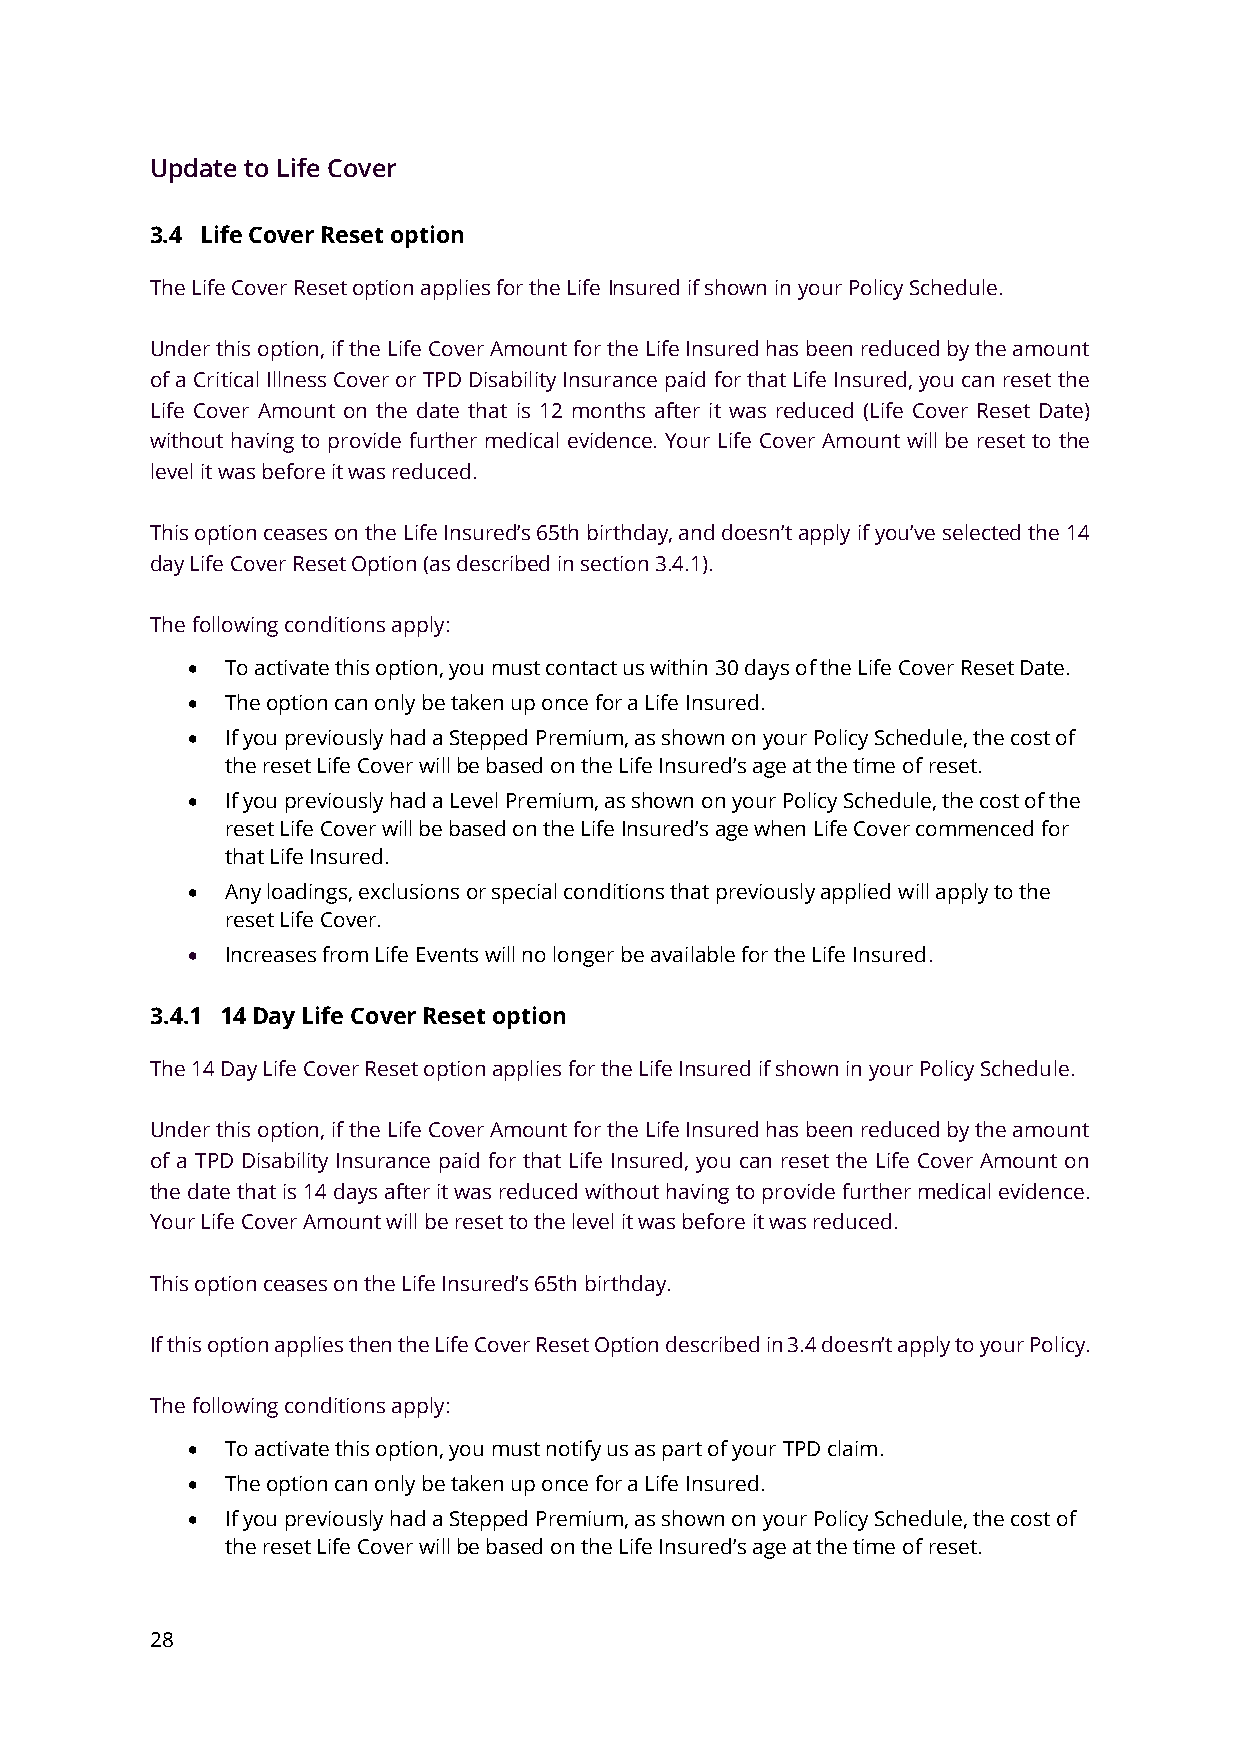
Update to Life Cover
 3.4 Life Cover Reset option
 The Life Cover Reset option applies for the Life Insured if shown in your Policy Schedule.
 Under this option, if the Life Cover Amount for the Life Insured has been reduced by the amount
 of a Critical Illness Cover or TPD Disability Insurance paid for that Life Insured, you can reset the
 Life Cover Amount on the date that is 12 months after it was reduced (Life Cover Reset Date)
 without having to provide further medical evidence. Your Life Cover Amount will be reset to the
 level it was before it was reduced.
 This option ceases on the Life Insured’s 65th birthday, and doesn’t apply if you’ve selected the 14
 day Life Cover Reset Option (as described in section 3.4.1).
 The following conditions apply:
 •  To activate this option, you must contact us within 30 days of the Life Cover Reset Date.
 •  The option can only be taken up once for a Life Insured.
 •  If you previously had a Stepped Premium, as shown on your Policy Schedule, the cost of
 the reset Life Cover will be based on the Life Insured’s age at the time of reset.
 •  If you previously had a Level Premium, as shown on your Policy Schedule, the cost of the
 reset Life Cover will be based on the Life Insured’s age when Life Cover commenced for
 that Life Insured.
 •  Any loadings, exclusions or special conditions that previously applied will apply to the
 reset Life Cover.
 •  Increases from Life Events will no longer be available for the Life Insured.
 3.4.1 14 Day Life Cover Reset option
 The 14 Day Life Cover Reset option applies for the Life Insured if shown in your Policy Schedule.
 Under this option, if the Life Cover Amount for the Life Insured has been reduced by the amount
 of a TPD Disability Insurance paid for that Life Insured, you can reset the Life Cover Amount on
 the date that is 14 days after it was reduced without having to provide further medical evidence.
 Your Life Cover Amount will be reset to the level it was before it was reduced.
 This option ceases on the Life Insured’s 65th birthday.
 If this option applies then the Life Cover Reset Option described in 3.4 doesn’t apply to your Policy.
 The following conditions apply:
 •  To activate this option, you must notify us as part of your TPD claim.
 •  The option can only be taken up once for a Life Insured.
 •  If you previously had a Stepped Premium, as shown on your Policy Schedule, the cost of
 the reset Life Cover will be based on the Life Insured’s age at the time of reset.
 28